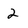
Character: 2